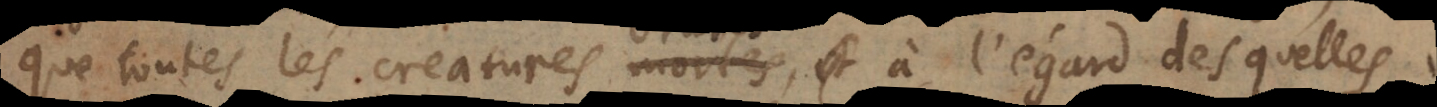
que toutes les creatures mortes à l’egard des quelles